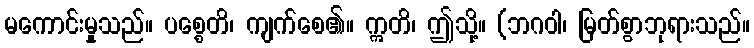
မကောင်းမှုသည်။ ပစ္စေတိ၊ ကျက်စေ၏။ ဣတိ၊ ဤသို့။ (ဘဂဝါ၊ မြတ်စွာဘုရားသည်။